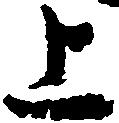
上